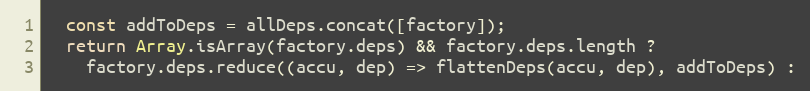
Language: JavaScript
  const addToDeps = allDeps.concat([factory]);
  return Array.isArray(factory.deps) && factory.deps.length ?
    factory.deps.reduce((accu, dep) => flattenDeps(accu, dep), addToDeps) :